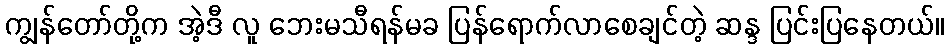
ကျွန်တော်တို့က အဲ့ဒီ လူ ဘေးမသီရန်မခ ပြန်ရောက်လာစေချင်တဲ့ ဆန္ဒ ပြင်းပြနေတယ်။